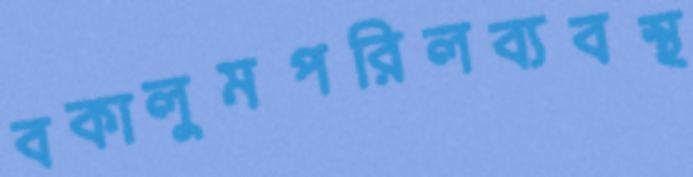
বকালুমপরিলব্যবস্থ